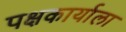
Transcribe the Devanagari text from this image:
पक्षकार्याला